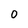
Character: O